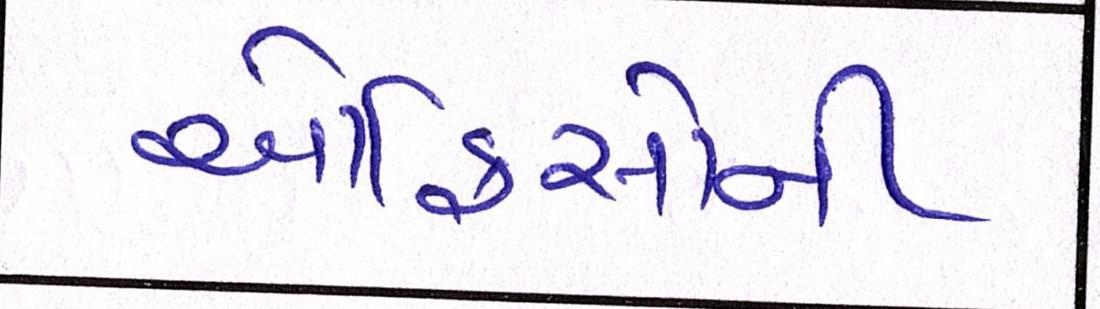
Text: ઓફિસોની